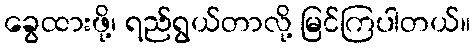
ခွေထားဖို့၊ ရည်ရွယ်တာလို့ မြင်ကြပါတယ်။